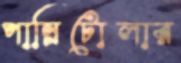
পান্নিটোলার